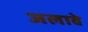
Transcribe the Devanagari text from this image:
जलावे